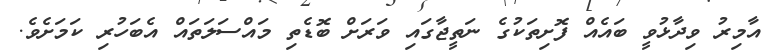
އާމިރު ވިދާޅުވީ ބައެއް ފޮށިތަކުގެ ނަތީޖާގައި ވަރަށް ބޮޑެތި މައްސަލަތައް އެބަހުރި ކަމަށެވެ.